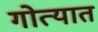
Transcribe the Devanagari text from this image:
गोत्यात